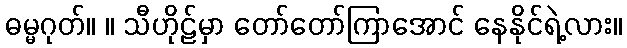
ဓမ္မဂုတ်။ ။ သီဟိုဠ်မှာ တော်တော်ကြာအောင် နေနိုင်ရဲ့လား။